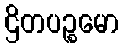
ဌိတပဉ္စမော